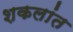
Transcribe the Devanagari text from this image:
शकलांत